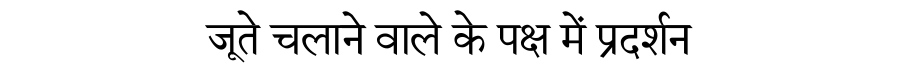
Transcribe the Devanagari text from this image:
जूते चलाने वाले के पक्ष में प्रदर्शन